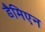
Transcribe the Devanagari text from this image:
डैमिएन